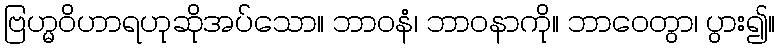
ဗြဟ္မဝိဟာရဟုဆိုအပ်သော။ ဘာဝနံ၊ ဘာဝနာကို။ ဘာဝေတွာ၊ ပွား၍။